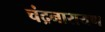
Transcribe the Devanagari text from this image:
चंद्रनारायण